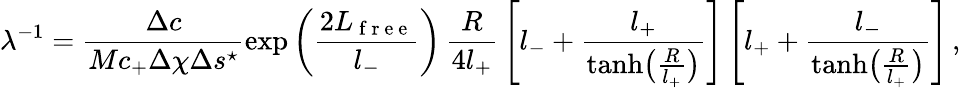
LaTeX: \lambda^{-1}=\frac{\Delta c}{Mc_{+}\Delta\chi\Delta s^{\star}}\exp\left(\frac{2L_{\mathrm{~f~r~e~e~}}}{l_{-}}\right)\, \frac{R}{4l_{+}}\, \left[l_{-}+\frac{l_{+}}{\operatorname{tanh}\bigl(\frac{R}{l_{+}}\bigr)}\right]\left[l_{+}+\frac{l_{-}}{\operatorname{tanh}\bigl(\frac{R}{l_{+}}\bigr)}\right]\, ,